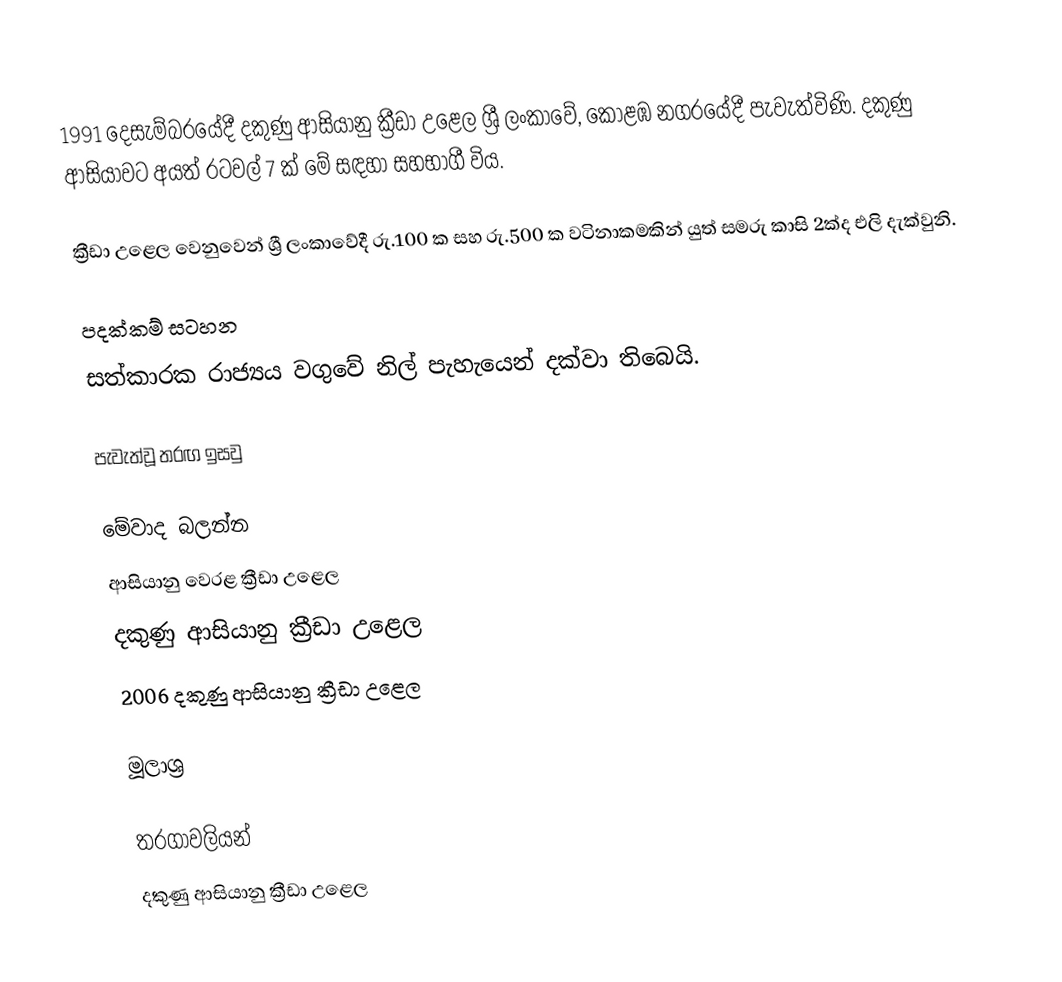
1991 දෙසැම්බරයේදී දකුණු ආසියානු ක්‍රීඩා උළෙල ශ්‍රී ලංකාවේ, කොළඹ නගරයේදී පැවැත්විණි. දකුණු ආසියාවට අයත් රටවල් 7 ක් මේ සඳහා සහභාගී විය.

ක්‍රීඩා උළෙල වෙනුවෙන් ශ්‍රී ලංකාවේදී රු.100 ක සහ රු.500 ක වටිනාකමකින් යුත් සමරු කාසි 2ක්ද එලි දැක්වුනි.

පදක්කම් සටහන
සත්කාරක රාජ්‍යය වගුවේ නිල් පැහැයෙන් දක්වා තිබෙයි.

පැවැත්වූ තරඟ ඉසවු

මේවාද බලන්න
ආසියානු වෙරළ ක්‍රීඩා උළෙල
දකුණු ආසියානු ක්‍රීඩා උළෙල
2006 දකුණු ආසියානු ක්‍රීඩා උළෙල

මූලාශ්‍ර

තරගාවලියන්
දකුණු ආසියානු ක්‍රීඩා උළෙල